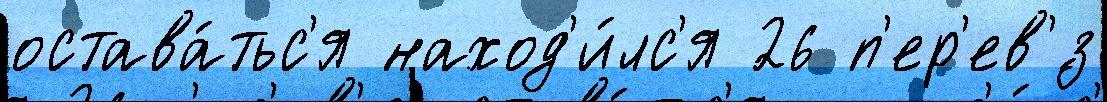
остава́тьс'я наход'и́лс'я 26 п'ер'ев'́з